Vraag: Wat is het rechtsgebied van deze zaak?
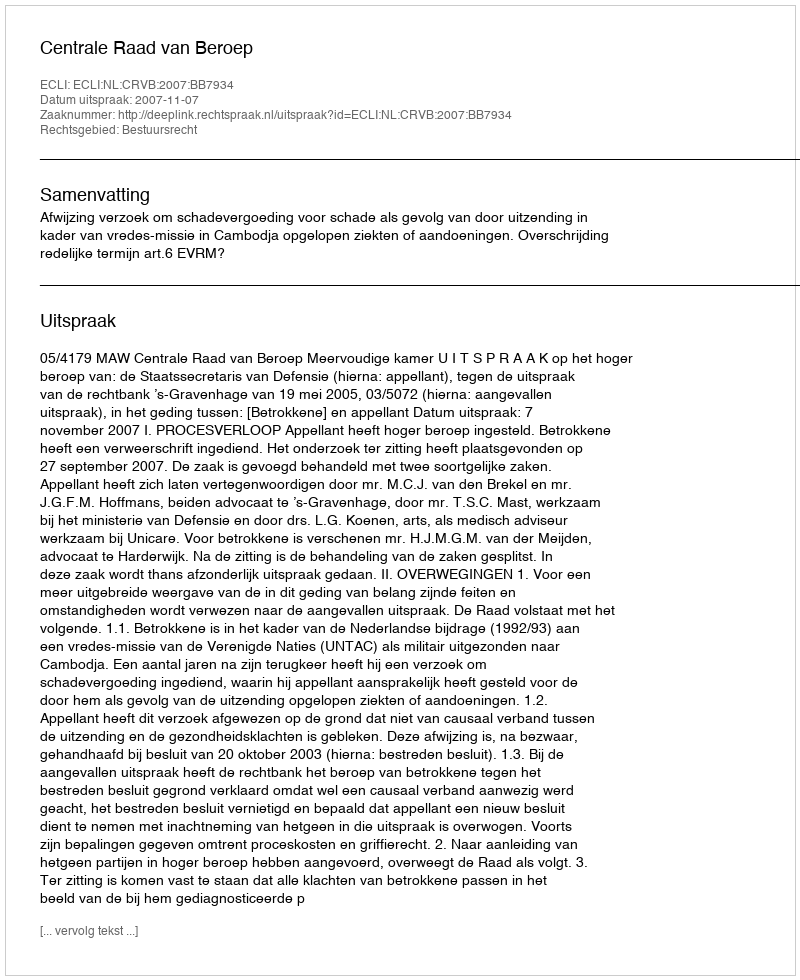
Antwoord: Bestuursrecht